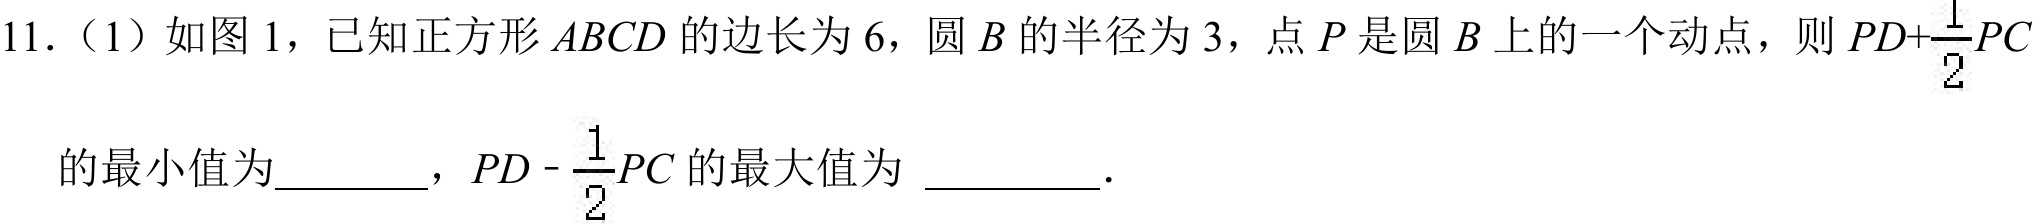
11.（1）如图 1，已知正方形\(ABCD\)的边长为\(6\)，圆\(B\)的半径为\(3\)，点\(P\)是圆\(B\)上的一个动点，则\(PD+\frac{1}{2}PC\)的最小值为  ，\(PD - \frac{1}{2}PC\) 的最大值为   ．